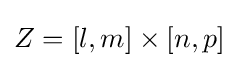
Z=[l,m]\times [n,p]